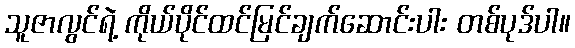
သူဇာလွင်ရဲ့ ကိုယ်ပိုင်ထင်မြင်ချက်ဆောင်းပါး တစ်ပုဒ်ပါ။